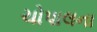
ચોપાલના